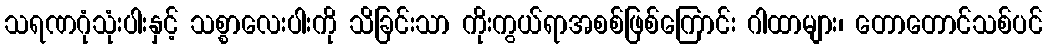
သရဏဂုံသုံးပါးနှင့် သစ္စာလေးပါးကို သိခြင်းသာ ကိုးကွယ်ရာအစစ်ဖြစ်ကြောင်း ဂါထာများ၊ တောတောင်သစ်ပင်